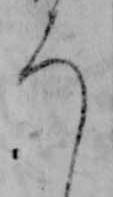
ろ